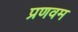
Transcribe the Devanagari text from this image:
प्रणवम